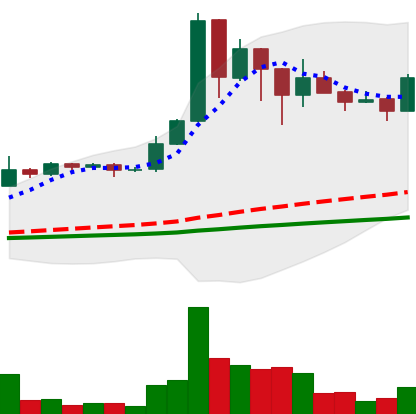
Ticker: BNB-USD
Chart end date: 2021-03-01
Forward return: -10.982%
Label: down_7plus